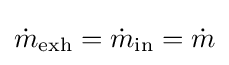
{\dot {m}}_{\mathrm {exh} }={\dot {m}}_{\mathrm {in} }={\dot {m}}